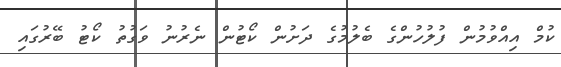
ކުމް އިއްވުމުން ފުލުހުންގެ ބެލުމުގެ ދަށުން ކޯޓުން ނެރުނު ވަގުތު ކޯޓު ބޭރުގައި